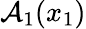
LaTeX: \mathcal{A}_{1}(x_{1})